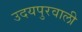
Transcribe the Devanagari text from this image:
उदयपुरवाली